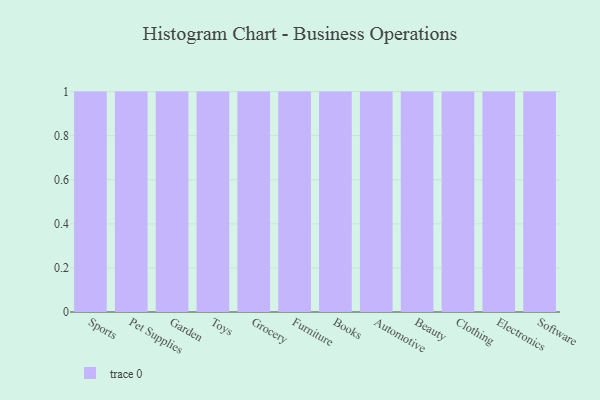
{"axis": {"x": "Category", "y": "Waste Production (Tons)"}, "legend": [""], "data": [{"x": "Sports", "y": 84, "type": ""}, {"x": "Pet Supplies", "y": 50, "type": ""}, {"x": "Garden", "y": 49, "type": ""}, {"x": "Toys", "y": 22, "type": ""}, {"x": "Grocery", "y": 82, "type": ""}, {"x": "Furniture", "y": 17, "type": ""}, {"x": "Books", "y": 95, "type": ""}, {"x": "Automotive", "y": 83, "type": ""}, {"x": "Beauty", "y": 83, "type": ""}, {"x": "Clothing", "y": 81, "type": ""}, {"x": "Electronics", "y": 8, "type": ""}, {"x": "Software", "y": 41, "type": ""}]}